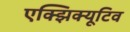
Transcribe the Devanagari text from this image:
एक्झिक्यूटिव